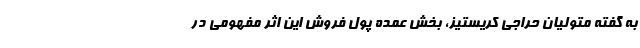
به گفته متولیان حراجی کریستیز، بخش عمده پول فروش این اثر مفهومی در